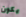
يكون